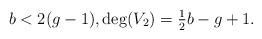
LaTeX: \begin{align*}b<2(g-1),\deg(V_2)=\tfrac12 b- g+1.\end{align*}